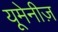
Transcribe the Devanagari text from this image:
यूमेनीज़